Annual administration report of the Civil Veterinary Department, Ajmere-Merwara, British Rajputana - 1914-1940
Year: 1914
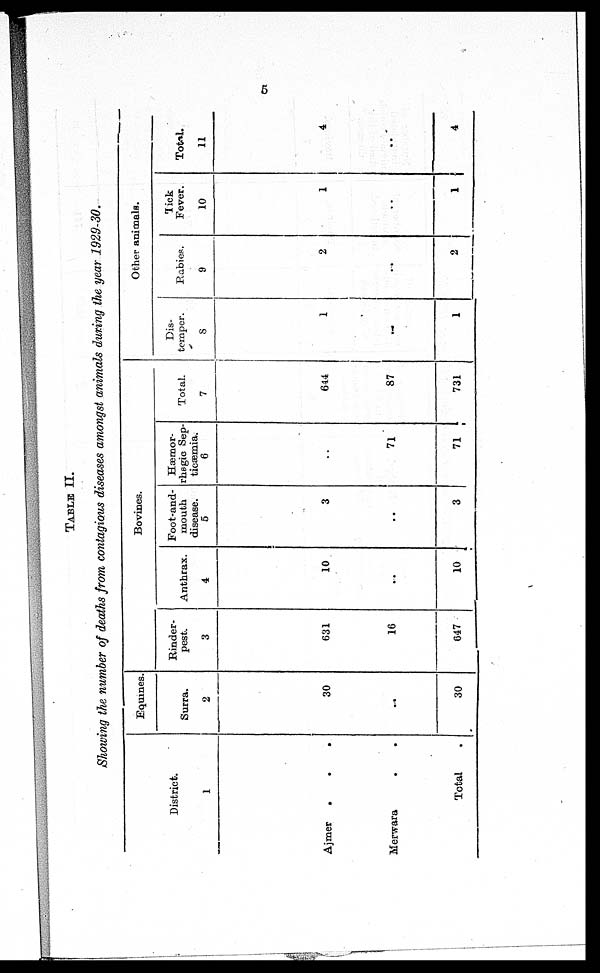
5
TABLE II.
Showing the number of deaths from contagious diseases amongst animals during the year 1929-30.
District.
1
Ajmer
.
.
.
Merwara
.
.
Total
Equines.
Surra.
2
30
...
30
Bovines.
Rinder-
pest.
3
631
16
647
Anthrax.
4
10
...
10
Foot-and-
mouth
disease.
5
3
..
3
Hæmor-
rhagic Sep-
ticæmia.
6
..
71
71
Total.
7
644
87
731
Other animals.
Dis-
temper.
8
1
..
1
Rabies.
9
2
...
2
Tick
Fever.
10
1
..
1
Total.
11
4
..
4